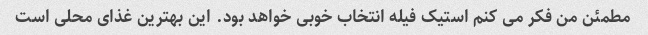
مطمئن من فکر می کنم استیک فیله انتخاب خوبی خواهد بود. این بهترین غذای محلی است